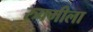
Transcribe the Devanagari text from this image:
रुक्मीला